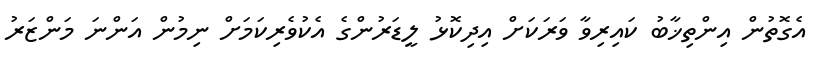
އެގޮތުން އިންތިޚާބު ކައިރިވާ ވަރަކަށް އިދިކޮޅު ލީޑަރުންގެ އެކުވެރިކަމަށް ނިމުން އަންނަ މަންޒަރު